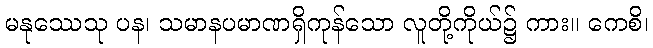
မနုဿေသု ပန၊ သမာနပမာဏရှိကုန်သော လူတို့ကိုယ်၌ ကား။ ကေစိ၊